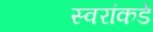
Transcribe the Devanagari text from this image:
स्वरांकडे